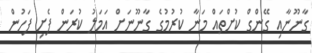
ގާނޫނާއި ގޭންގް ކުށްތައް މަނާ ކުރުމުގެ ގާނޫނަށް އަމަލު ކުރަން ފެށި ފަހުން